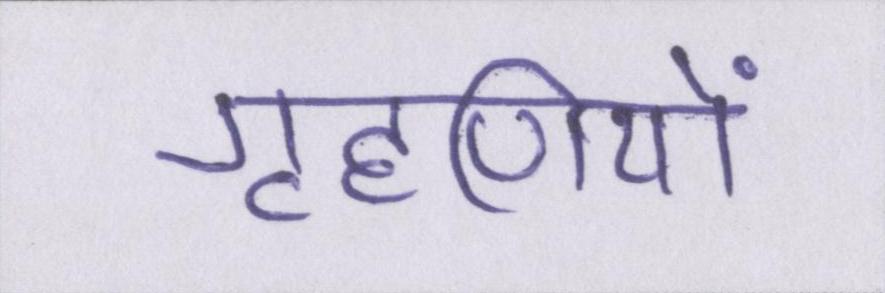
गृहणियों